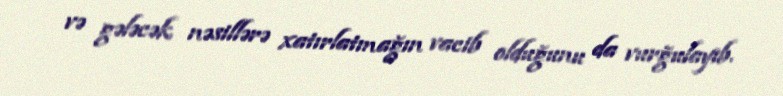
və gələcək nəsillərə xatırlatmağın vacib olduğunu da vurğulayıb.